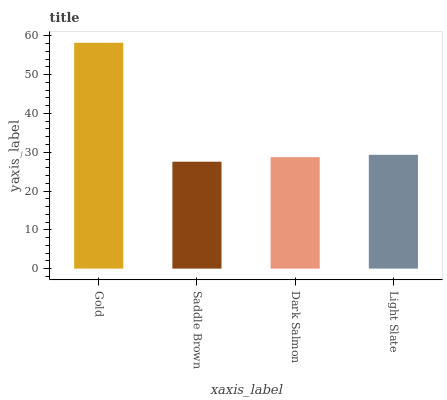
| xaxis_label | bars |
 | --- | --- |
 | Gold | 58.2 |
 | Saddle Brown | 27.5 |
 | Dark Salmon | 28.7 |
 | Light Slate | 29.3 |